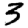
Digit: 3